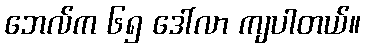
ဘေလ်က ၆၅ ဒေါ်လာ ကျပါတယ်။